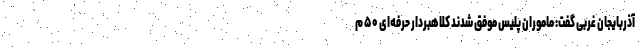
آذربایجان غربی گفت: ماموران پلیس موفق شدند کلاهبردار حرفه‌ای ۵۰ م